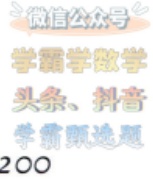
微信公众号
学霸学数学
头条、抖音
学霸甄选
200